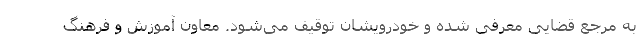
به مرجع قضایی معرفی شده و خودرویشان توقیف می‌شود. معاون آموزش و فرهنگ